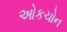
ઓકચોન